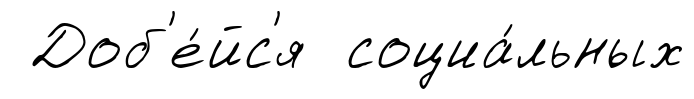
Доб'е́йс'я социа́льных